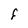
Character: F